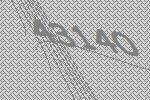
43140